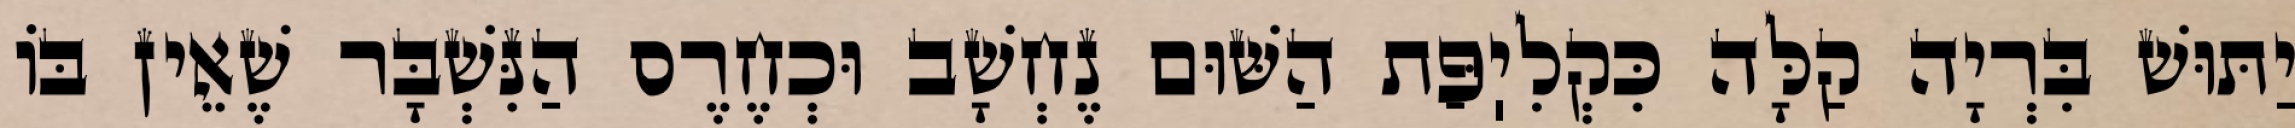
יַתּוּשׁ בִּרְיָה קַלָּה כִּקְלִיֽפַּת הַשּׁוּם נֶחְשָׁב וּכְחֶרֶס הַנִּשְׁבָּר שֶׁאֵין בּוֹ